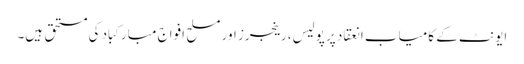
ایونٹ کے کامیاب انعقاد پر پولیس، رینجرز اور مسلح افواج مبارکباد کی مستحق ہیں۔